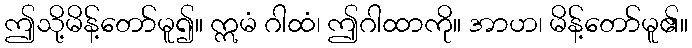
ဤသို့မိန့်တော်မူ၍။ ဣမံ ဂါထံ၊ ဤဂါထာကို။ အာဟ၊ မိန့်တော်မူ၏။